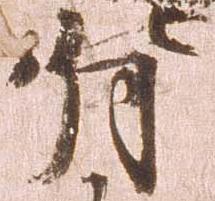
背